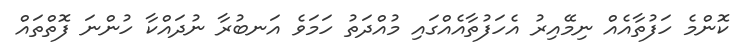
ކޮންމެ ހަފުތާއެއް ނިމޭއިރު އެހަފުތާއެއްގައި މުއްދަތު ހަމަވެ އަނބުރާ ނުދައްކާ ހުންނަ ފޮތްތައް